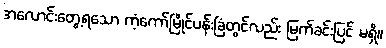
အလောင်းတွေ့ရသော ကံ့ကော်မြိုင်ပန်းခြံတွင်လည်း မြက်ခင်းပြင် မရှိ။